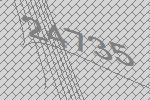
24735